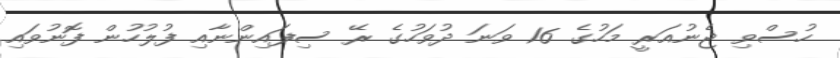
ހުސްވި ޖެނުއަރީ މަހުގެ 16 ވަނަ ދުވަހުގެ ރޭ ސިފައިންނާއި ފުލުހުން ފޮނުވައި